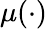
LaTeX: \mu(\cdot)